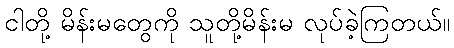
ငါတို့ မိန်းမတွေကို သူတို့မိန်းမ လုပ်ခဲ့ကြတယ်။